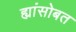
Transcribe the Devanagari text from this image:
ह्यांसोबत